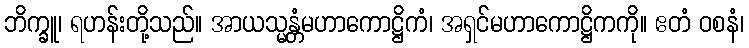
ဘိက္ခူ၊ ရဟန်းတို့သည်။ အာယသ္မန္တံမဟာကောဋ္ဌိကံ၊ အရှင်မဟာကောဋ္ဌိကကို။ ဧတံ ဝစနံ၊